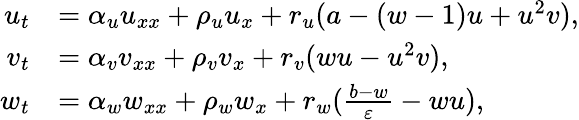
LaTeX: \begin{array}{rl}{u_{t}}&{=\alpha_{u}u_{xx}+\rho_{u}u_{x}+r_{u}(a-(w-1)u+u^{2}v),}\\ {v_{t}}&{=\alpha_{v}v_{xx}+\rho_{v}v_{x}+r_{v}(wu-u^{2}v),}\\ {w_{t}}&{=\alpha_{w}w_{xx}+\rho_{w}w_{x}+r_{w}(\frac{b-w}{\varepsilon}-wu),}\end{array}